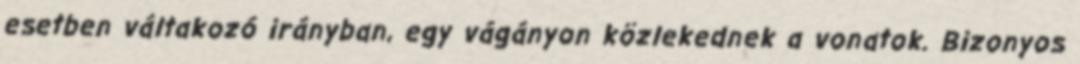
esetben váltakozó irányban, egy vágányon közlekednek a vonatok. Bizonyos